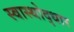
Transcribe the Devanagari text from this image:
स्वास्थोद्धार